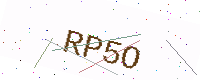
Text: RP5O